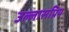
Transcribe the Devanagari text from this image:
उल्लासप्रिय